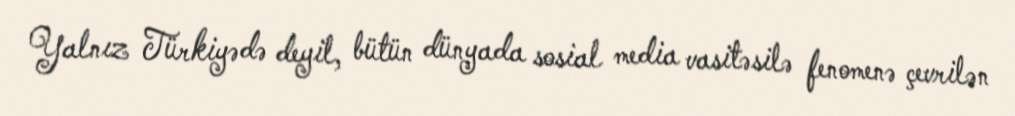
Yalnız Türkiyədə deyil, bütün dünyada sosial media vasitəsilə fenomenə çevrilən